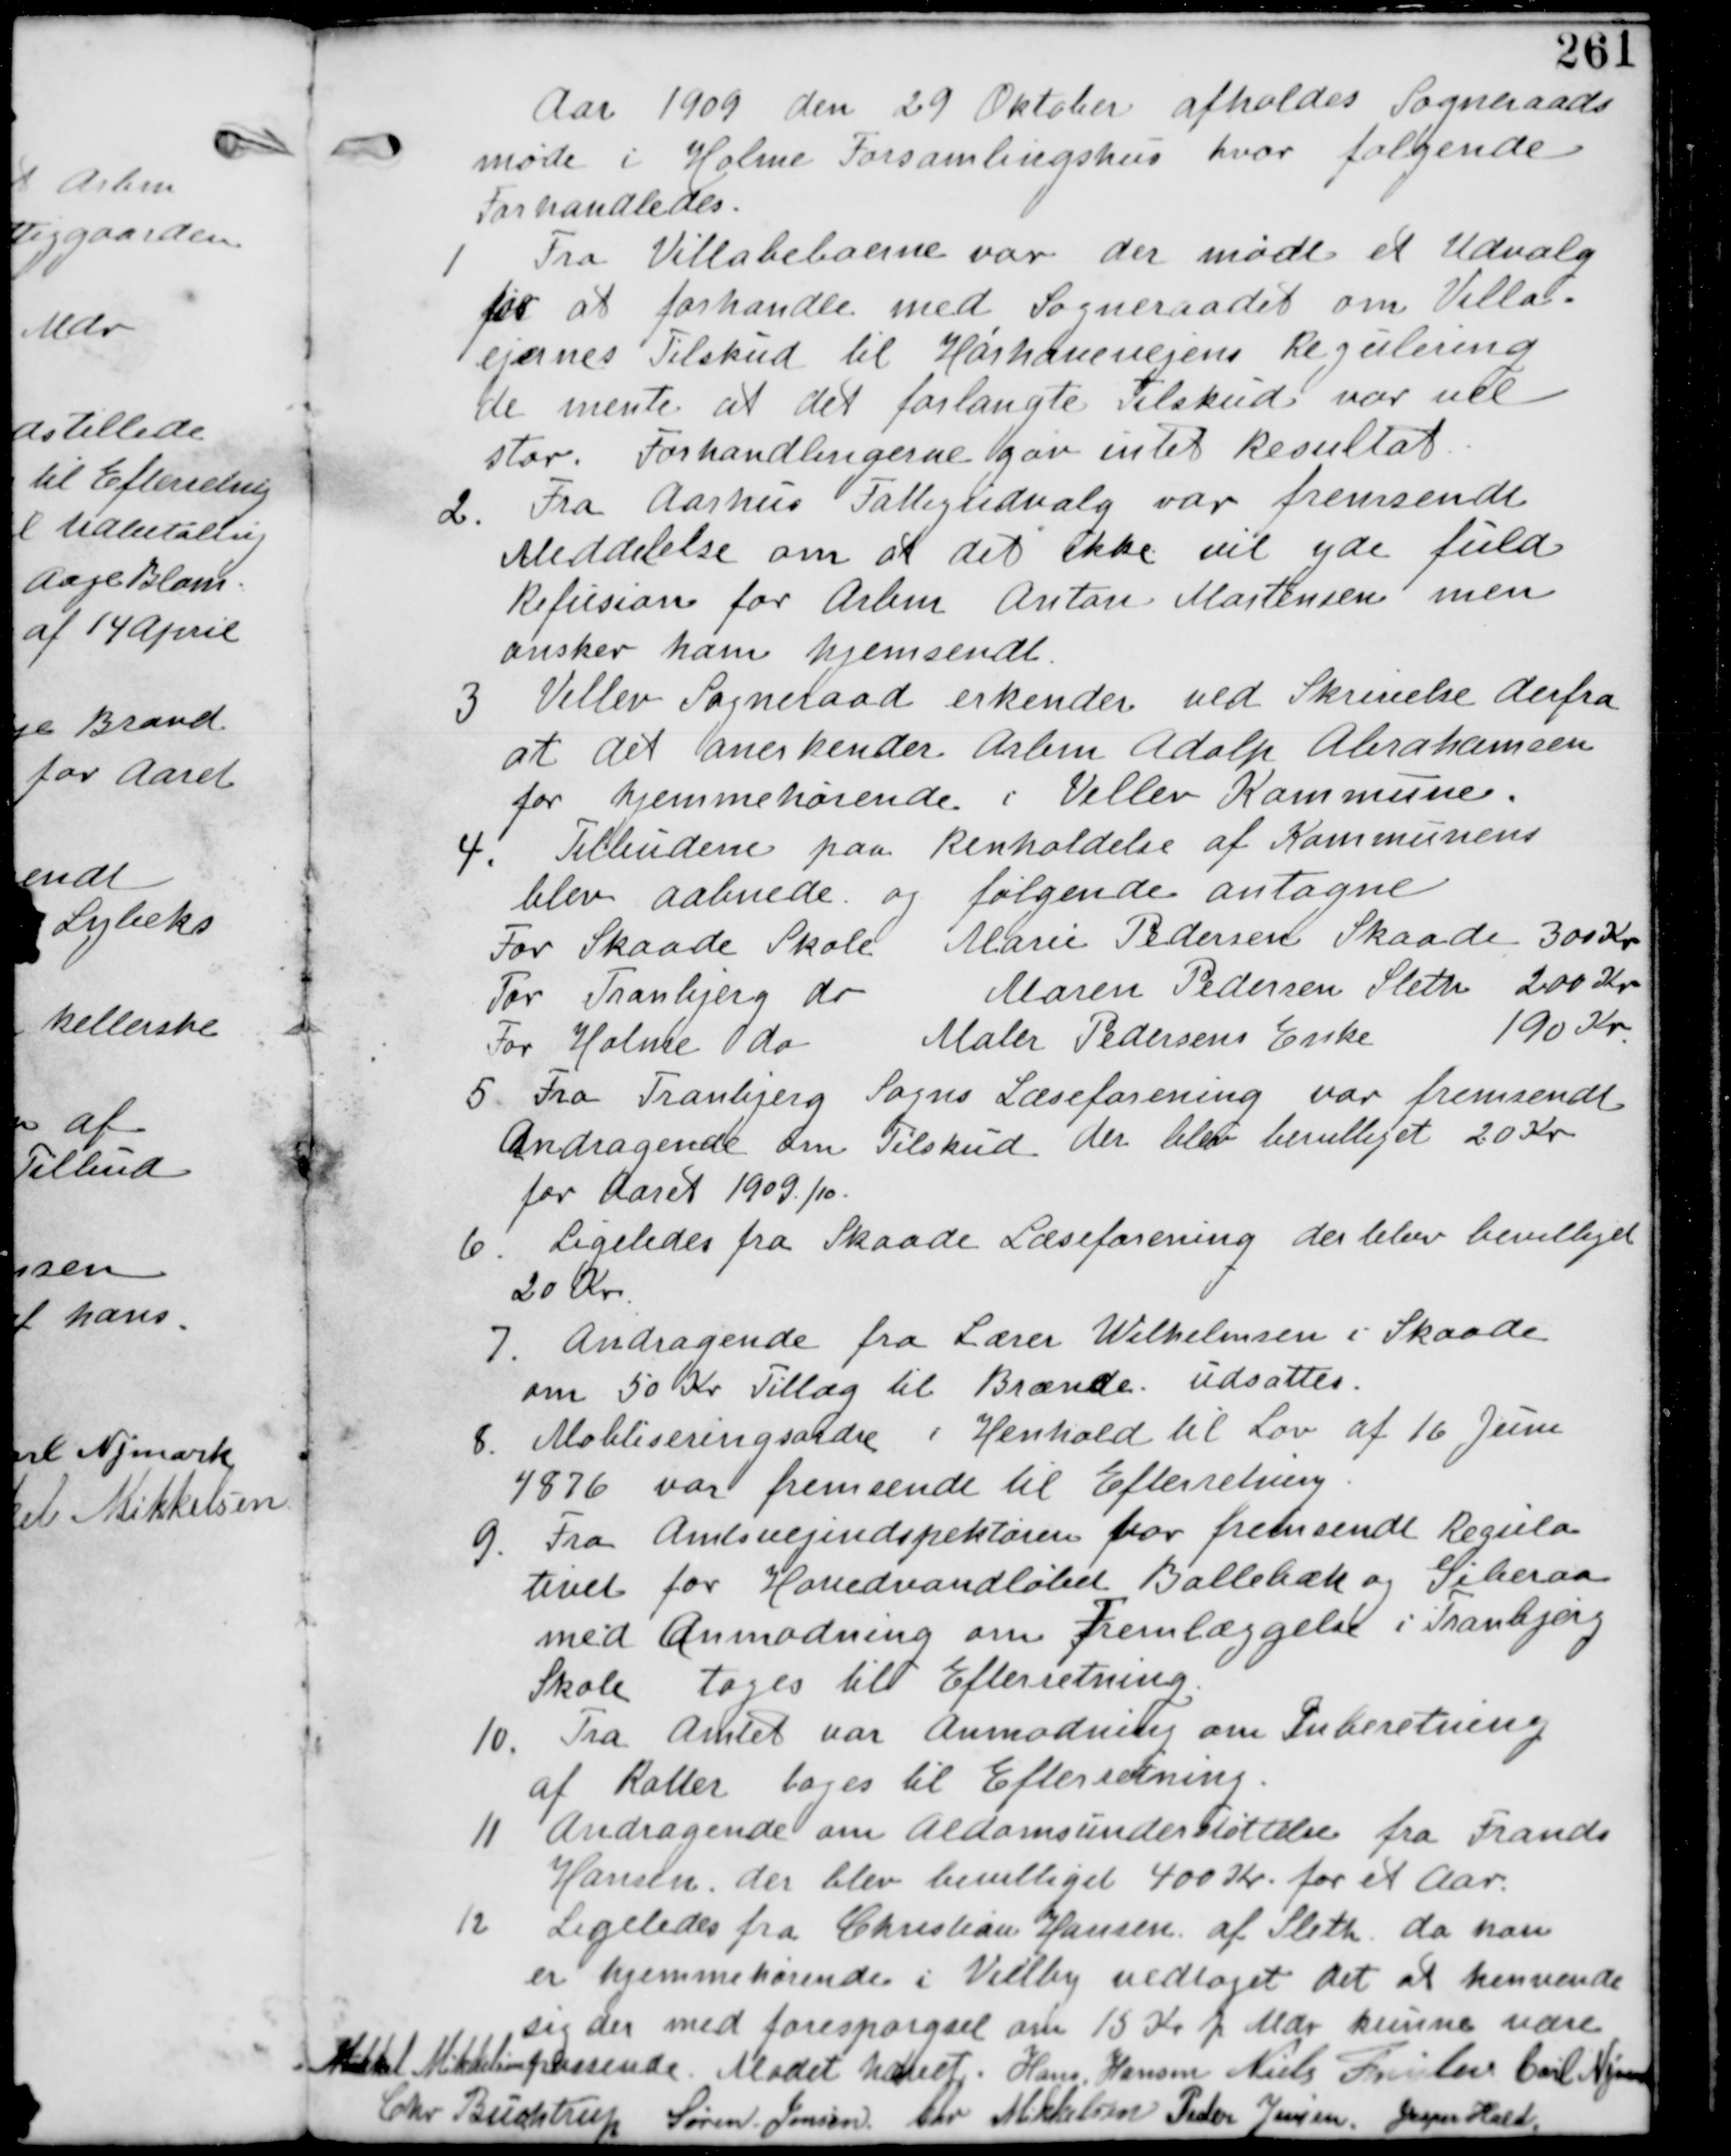
Transskription:
Aar 1909 den 29 Oktober afholdes Sogneraads
møde i Holme Forsamlingshus hvor følgende
forhandledes.

1
Fra Villabeboerne var der mødt et Udvalg
for at forhandle med Sogneraadet om Villa
ejernes Tilskud til Hørhavevejens Regulering
de mente at det forlangte Tilskud var vel
stor. Forhandlingerne gav intet Resultat.

Fra Aarhus Fattigudvalg var fremsendt
Meddelelse om at det ikke vil yde fuld
Refusion for Arbm Anton Mortensen men
ønsker ham hjemsendt.

3 Vellev Sogneraad erkender ved Skrivelse derfra
at det anerkender Arbm Adolp Abrahamsen
for hjemhørende i Vellev Kommune

4. Tilbudene paa Renholdelse af Kommunens
blev aabnede og følgende antagne
For Skaade Skole Marie Pedersen Skaade 300 Kr
For Tranbjerg do Maren Pedersen Sleth 200 Kr
For Holme do Maler Pedersens Enke 190 Kr

5. Fra Tranbjerg Sogns Læseforening var fremsendt
Andragende om Tilskud. der blev bevilliget 20 Kr
for Aaret 1909/10

6. Ligeledes fra Skaade Læseforening der blev bevilliget
20 Kr.

7. Andragende fra Lærer Wilhelmsen i Skaade
om 50 Kr Tillæg til Brænde udsattes.

8. Mobliseringsordre i Henhold til Lov af 10 Juni
1876 var fremsendt til Efterretning.

9. Fra Amtsvejindspektøren var fremsendt Regula
tivet for Hovedvandløbet Ballebæk og Giberaa
med Anmodning om Fremlæggelse i Tranbjerg
Skole tages til Efterretning.

10. Fra Amtet var Anmodning om Inberetning
af Rotter tages til Efterretning

11 Andragende om Alderdomsunderstøttelse fra Frands
Hansen. der blev bevilliget 400 Kr for et Aar.

12 Ligeledes fra Christian Hansen af Sleth. da han
er hjemmehørende i Veilby vedtaget det at henvende
sig der med forespørgsel om 15 Kr p Mdr kunne være
passende

Mikkel Mikkelsen

Mødet hævet. Hans Hansen Niels Frislev Carl Nymark

Chr Buchtrup Søren Jensen Chr Mikkelsen Peder Jensen Jesper Hald